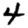
Digit: 4